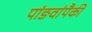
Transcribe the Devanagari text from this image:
पांङवांपैकी